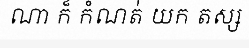
ណា ក៏ កំណត់ យក តស្ស